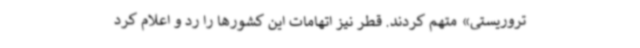
تروریستی» متهم کردند. قطر نیز اتهامات این کشورها را رد و اعلام کرد